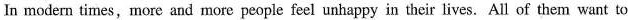
In modern times,more and more people feel unhappy in their lives. All of them want to